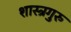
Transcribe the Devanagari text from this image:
शास्त्रगुरु